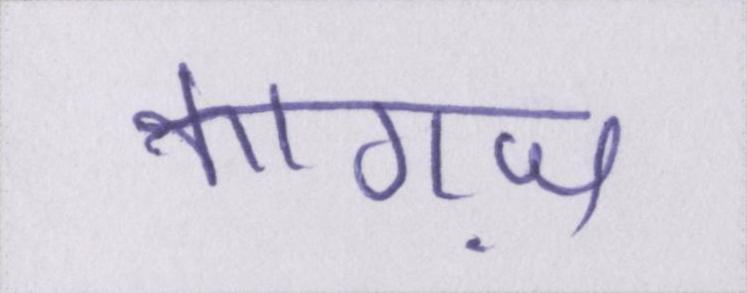
कागज़